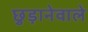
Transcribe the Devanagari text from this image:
छुड़ानेवाले